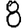
Digit: 8